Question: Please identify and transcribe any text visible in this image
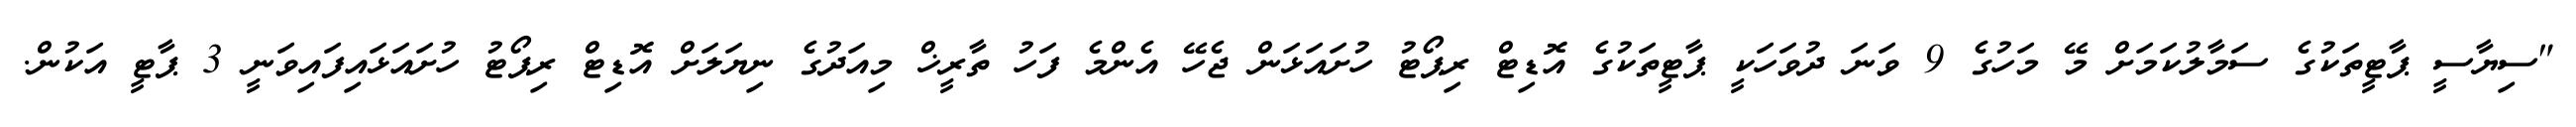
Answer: "ސިޔާސީ ޕާޓީތަކުގެ ސަމާލުކަމަށް މޭ މަހުގެ 9 ވަނަ ދުވަހަކީ ޕާޓީތަކުގެ އޮޑިޓް ރިޕޯޓު ހުށައަޅަން ޖެހޭ އެންމެ ފަހު ތާރީޚް މިއަދުގެ ނިޔަލަށް އޮޑިޓް ރިޕޯޓު ހުށައަޅައިފައިވަނީ 3 ޕާޓީ އަކުން.